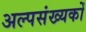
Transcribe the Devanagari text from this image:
अल्पसंख्यकोँ